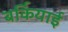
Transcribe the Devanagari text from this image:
बर्कियाई